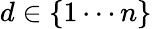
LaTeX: d\in\{ 1\cdots n\}